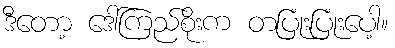
ဒီတော့ ဒေါ်ကြည်စိုးက တပြုံးပြုံးပေါ့။